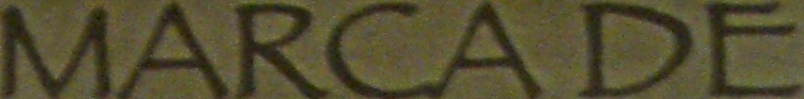
MARCADE